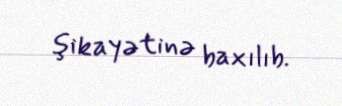
şikayətinə baxılıb.